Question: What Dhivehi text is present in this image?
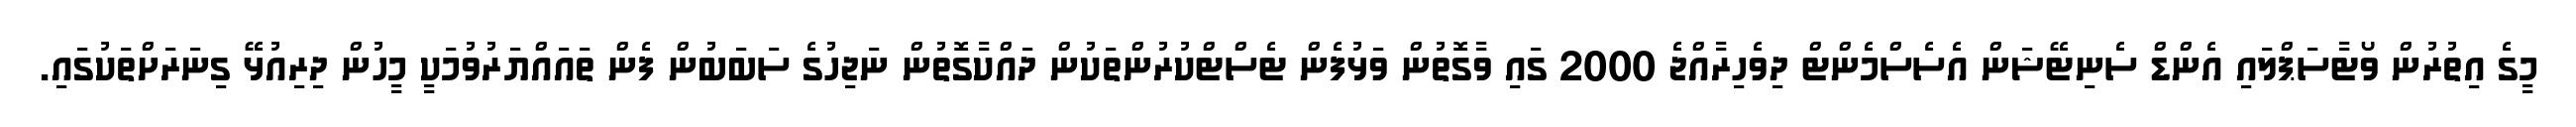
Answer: މީގެ އިތުރުން ވޯޓާސަޕްލައި އެންޑް ސެނިޓޭޝަން އެސެސްމެންޓް ދިވެހިރާއްޖެ 2000 ގައި ވާގޮތުން ވަޅުފެން ޓެސްޓްކުރުންތަކުން ދައްކާގޮތުން ނަޖިހުގެ ސަބަބުން ފެން ތައައްޔަރުވުމަކީ މީހުން ދިރިއުޅޭ ގިނަރަށްތަކުގައި.